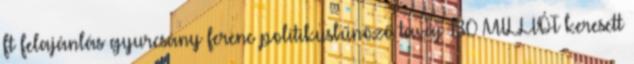
ft felajánlás gyurcsány ferenc politikusbűnöző tavaj 130 MILLIÓT keresett